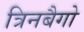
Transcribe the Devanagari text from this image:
त्रिनबैगो